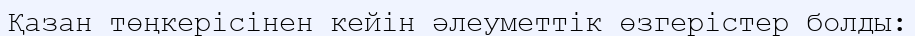
Қазан төңкерісінен кейін әлеуметтік өзгерістер болды: